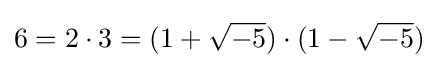
6=2\cdot 3=(1+{\sqrt {-5}})\cdot (1-{\sqrt {-5}})